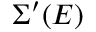
\Sigma ^ { \prime } ( E )